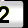
Digit: 2